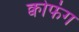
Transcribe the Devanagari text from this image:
क्वोफंग